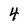
Character: 4